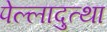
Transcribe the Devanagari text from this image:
पेल्लादुत्था